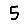
Digit: 5